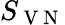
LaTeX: S_{\mathrm{~V~N~}}